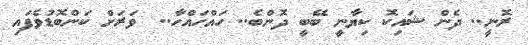
ރޮނީ.. ދެން ޝައިކޮ ކިޔާނީ ބޭބީ ދޮންބެ.. ހައްހައްހާ..  ވަރަށް ކަންބޮޑުވެފައި